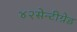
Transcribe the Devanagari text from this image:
४२सेन्टीग्रेड